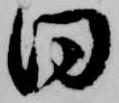
同